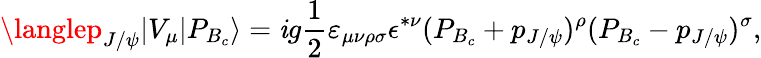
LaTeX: \langlep_{J/\psi}|V_{\mu}|P_{B_{c}}\rangle=\mathit{i}g{\frac{{1}}{{2}}}\varepsilon_{\mu\nu\rho\sigma}\epsilon^{*\nu}(P_{B_{c}}+p_{J/\psi})^{\rho}(P_{B_{c}}-p_{J/\psi})^{\sigma},